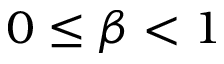
0 \leq \beta < 1